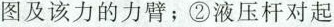
图及该力的力臂；②液压杆对